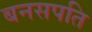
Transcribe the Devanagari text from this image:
बनसपति